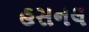
હસનલ